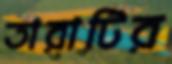
তারাটির